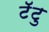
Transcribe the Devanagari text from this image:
टॅटु